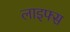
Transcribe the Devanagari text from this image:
लाइफ्स